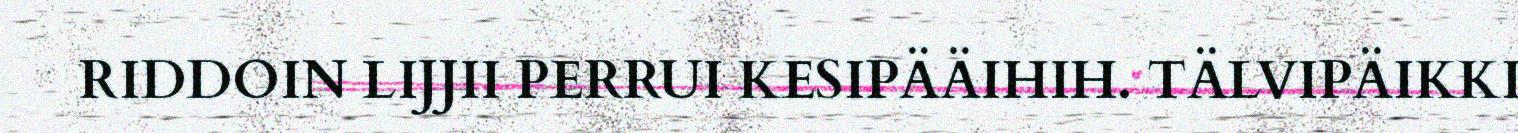
RIDDOIN LIJJII PERRUI KESIPÄÄIHIH. TÄLVIPÄIKKI